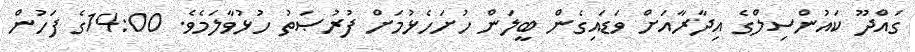
ގައްދޫ ކައުންސިލްގެ އިދާރާއަށް ވަޑައިގެން ބީލަން ހުށަހެޅުމަށް ފުރުޞަތު ހުޅުވާލަމެވެ. 14:00ގެ ފަހުން